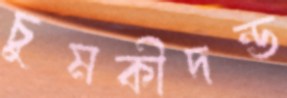
চুমকীদন্ড